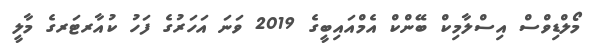
މޯލްޑިވްސް އިސްލާމިކް ބޭންކް އެމްއައިބީގެ 2019 ވަނަ އަހަރުގެ ފަހު ކުއާރޓަރގެ މާލީ